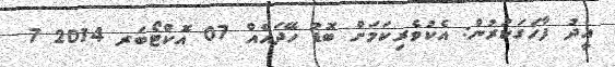
އީދު ފާހަގަކުރުން: އެކުވެރިކަމަށް ބޮޑު ހޭދައެއް 07 އޮކްޓޯބަރ 2014 7